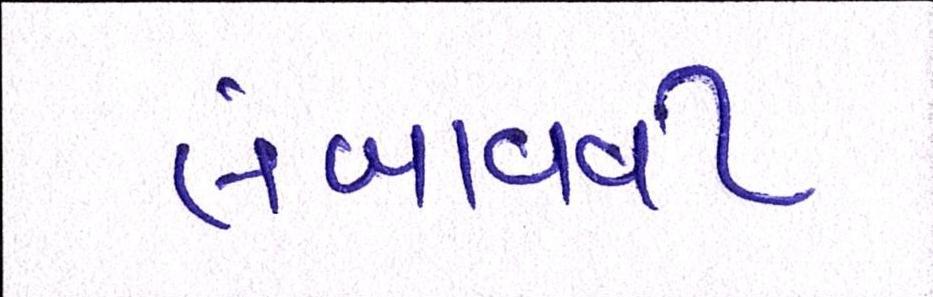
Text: લંબાવવી